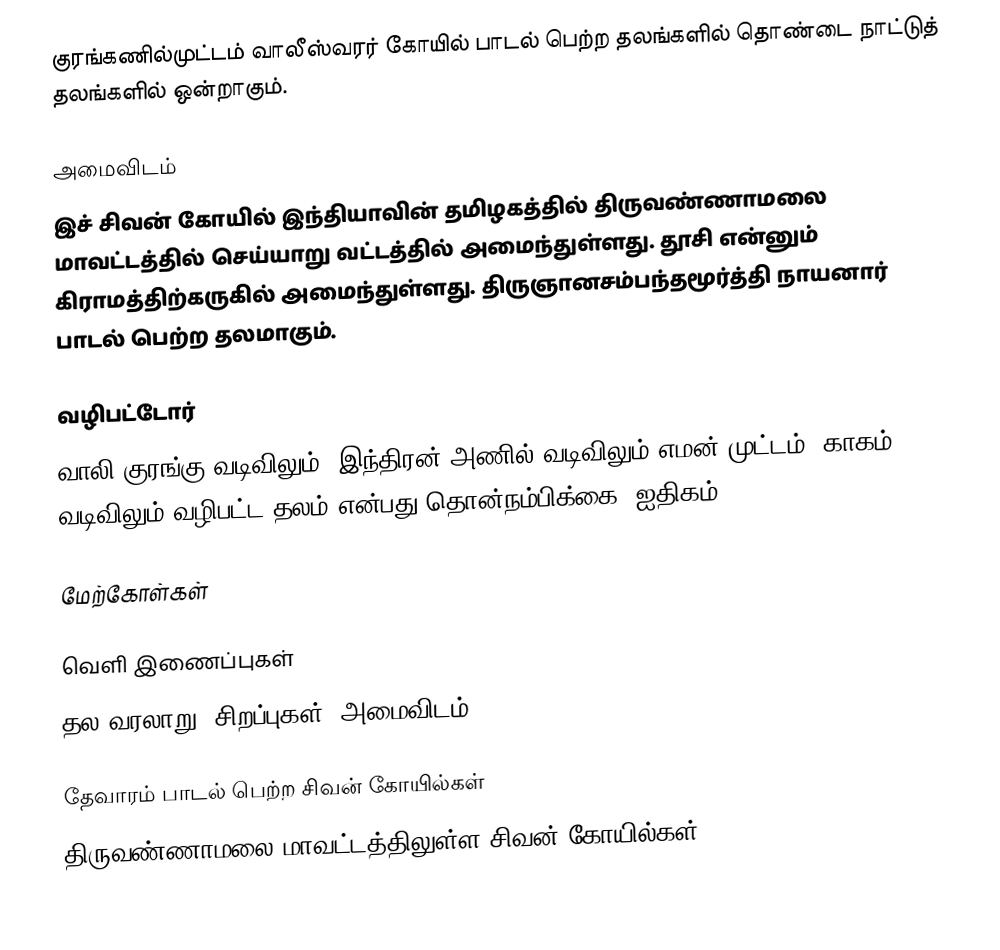
குரங்கணில்முட்டம் வாலீஸ்வரர் கோயில் பாடல் பெற்ற தலங்களில் தொண்டை நாட்டுத் தலங்களில் ஒன்றாகும்.

அமைவிடம்
இச் சிவன் கோயில் இந்தியாவின் தமிழகத்தில் திருவண்ணாமலை மாவட்டத்தில்  செய்யாறு வட்டத்தில்  அமைந்துள்ளது.  தூசி என்னும் கிராமத்திற்கருகில் அமைந்துள்ளது. திருஞானசம்பந்தமூர்த்தி நாயனார் பாடல் பெற்ற தலமாகும்.

வழிபட்டோர்
வாலி குரங்கு வடிவிலும், இந்திரன் அணில் வடிவிலும் எமன் முட்டம் (காகம்) வடிவிலும் வழிபட்ட தலம் என்பது தொன்நம்பிக்கை (ஐதிகம்).

மேற்கோள்கள்

வெளி இணைப்புகள்
 தல வரலாறு, சிறப்புகள், அமைவிடம்

தேவாரம் பாடல் பெற்ற சிவன் கோயில்கள்
திருவண்ணாமலை மாவட்டத்திலுள்ள சிவன் கோயில்கள்